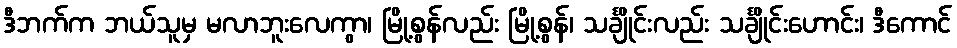
ဒီဘက်က ဘယ်သူမှ မလာဘူးလေကွာ၊ မြို့စွန်လည်း မြို့စွန်၊ သင်္ချိုင်းလည်း သင်္ချိုင်းဟောင်း၊ ဒီကောင်